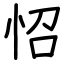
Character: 怊